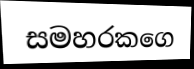
සමහරකගෙ